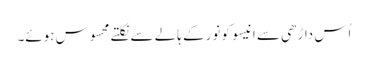
اُس داڑھی سے انیسو کو نور کے ہالے سے نکلتے محسوس ہوئے۔